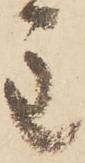
主